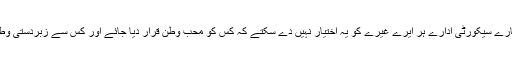
مجھے صد فیصد یقین ہے کہ ہمارے سیکورٹی ادارے ہر ایرے غیرے کو یہ اختیار نہیں دے سکتے کہ کس کو محب وطن قرار دیا جائے اور کس سے زبردستی وطن دوستی کا اظہار کروایا جائے۔